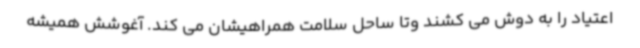
اعتیاد را به دوش می کشند وتا ساحل سلامت همراهیشان می کند. آغوشش همیشه